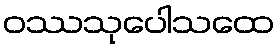
ဝဿသုပေါသထေ